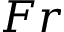
F r